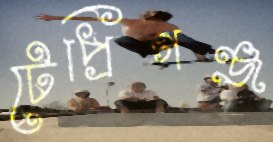
টেপ্রিগঞ্জ